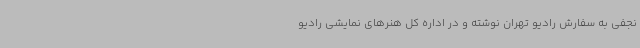
نجفی به سفارش رادیو تهران نوشته و در اداره کل هنرهای نمایشی رادیو